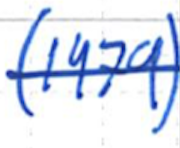
Text: (1979)
Cross-out: single-line
Writing tool: ballpoint